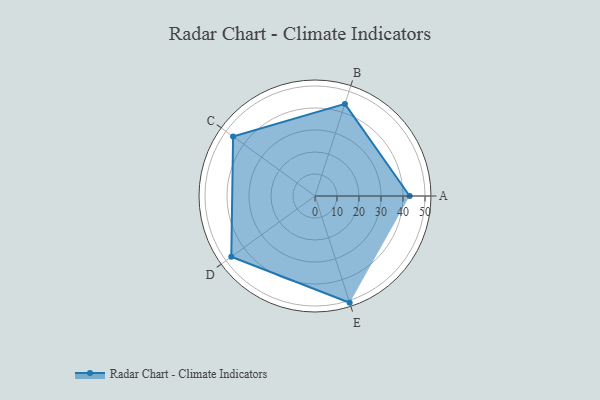
{"axis": {"x": "Skill", "y": "Score"}, "legend": ["Profile"], "data": [{"x": "A", "y": 43.0, "type": "Profile"}, {"x": "B", "y": 44.0, "type": "Profile"}, {"x": "C", "y": 46.0, "type": "Profile"}, {"x": "D", "y": 47.0, "type": "Profile"}, {"x": "E", "y": 51.0, "type": "Profile"}]}